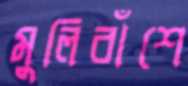
মুলিবাঁশে